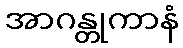
အာဂန္တုကာနံ